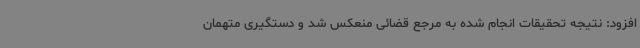
افزود: نتیجه تحقیقات انجام شده به مرجع قضائی منعکس شد و دستگیری متهمان